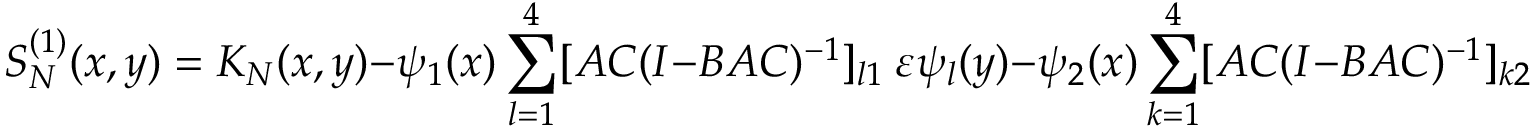
S _ { N } ^ { ( 1 ) } ( x , y ) = K _ { N } ( x , y ) - \psi _ { 1 } ( x ) \sum _ { l = 1 } ^ { 4 } [ A C ( I - B A C ) ^ { - 1 } ] _ { l 1 } \ \varepsilon \psi _ { l } ( y ) - \psi _ { 2 } ( x ) \sum _ { k = 1 } ^ { 4 } [ A C ( I - B A C ) ^ { - 1 } ] _ { k 2 } \ \varepsilon \psi _ { k } ( y ) ,